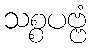
သစ္စပဗ္ဗံ